Senior Leaving Certificate Examination (including Day School Certificate (Higher) General paper), 1946
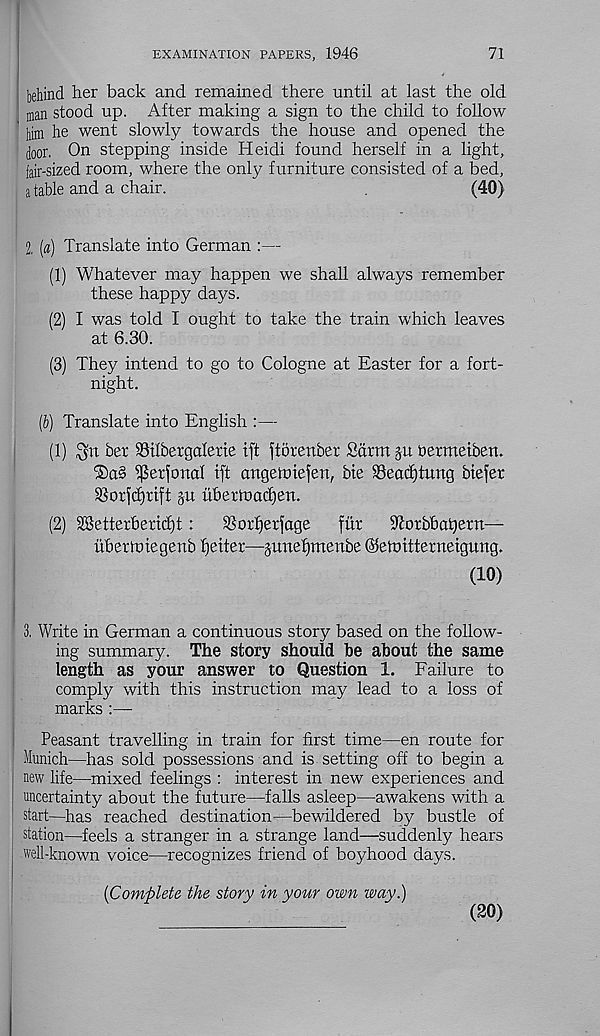
EXAMINATION PAPERS, 1946
71
behind her back and remained there until at last the old
man stood up. After making a sign to the child to follow
him he went slowly towards the house and opened the
(joor. On stepping inside Heidi found herself in a light,
fair-sized room, where the only furniture consisted of a bed,
a table and a chair.
(40)
2, [a) Translate into German :—
(1) Whatever may happen we shall always remember
these happy days.
(2) I was told I ought to take the train which leaves
at 6.30.
(3) They intend to go to Cologne at Easter for a fort-
night.
(b) Translate into English :—
(1)
ber SSilbergalerie ift ftbrenber Sdrm ju hermeiben.
^erfonal ift angeiuiefen, bie 93eac£)tung biefet
SSorjidjrift gu ubertuacf)en.
(2) SSetterbericf)t:
S3orf)er)age
fur
^orbbabern—
ubertoiegenb fjeiter—gunefjmenbe ©eiuitterneigung.
(10)
3. Write in German a continuous story based on the follow-
ing summary. The story should be about the same
length as your answer to Question 1. Failure to
comply with this instruction may lead to a loss of
marks :—
Peasant travelling in train for first time—en route for
Munich—has sold possessions and is setting off to begin a
new life—mixed feelings : interest in new experiences and
uncertainty about the future—falls asleep—awakens with a
start—has reached destination’—bewildered by bustle of
station—feels a stranger in a strange land—suddenly hears
well-known voice—recognizes friend of boyhood days.
[Complete the story in your own way.)
(20)